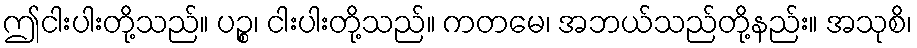
ဤငါးပါးတို့သည်။ ပဉ္စ၊ ငါးပါးတို့သည်။ ကတမေ၊ အဘယ်သည်တို့နည်း။ အသုစိ၊